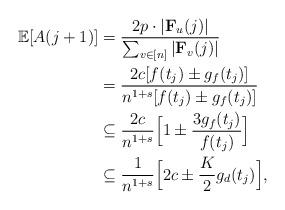
LaTeX: \begin{align*}\mathbb{E}[A(j+1)]&= \frac{2p\cdot |\textbf{F}_u(j)|}{\sum_{v\in [n]}|\textbf{F}_v(j)|} \\&= \frac{2c[f(t_{j})\pm g_f(t_{j})]}{n^{1+s}[f(t_{j})\pm g_f(t_{j})]}\\&\subseteq \frac{2c}{n^{1+s}}\Bigl[1\pm \frac{3g_f(t_{j})}{f(t_{j})}\Bigr]\\&\subseteq \frac{1}{n^{1+s}}\Bigl[2c\pm \frac K2g_d(t_{j})\Bigr],\end{align*}